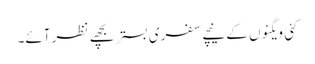
کئی ویگنوں کے نیچے سفری بستر بچھے نظر آئے۔